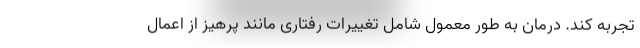
تجربه کند. درمان به طور معمول شامل تغییرات رفتاری مانند پرهیز از اعمال